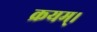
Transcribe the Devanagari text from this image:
क्रयम्।